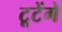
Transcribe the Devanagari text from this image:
टूटेंगे